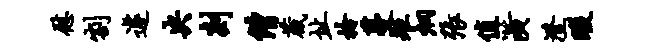
慰割遽央剡僧葳址拎蔓矩炯张值潢澄暇